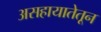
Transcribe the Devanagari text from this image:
असहायातेतून